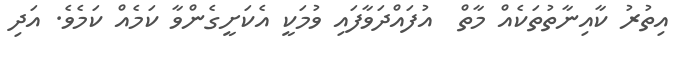
އިތުރު ކާއިނާތުތަކެއް މާތް  އުފައްދަވާފައި ވުމަކީ އެކަށީގެންވާ ކަމެއް ކަމެވެ. އަދި